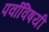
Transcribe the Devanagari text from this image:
पर्वाविषयी